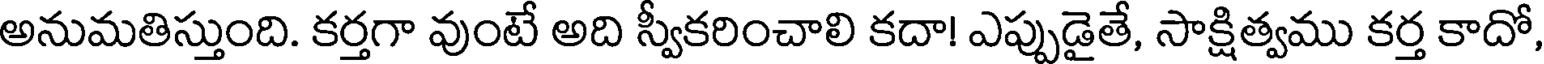
అనుమతిస్తుంది. కర్తగా వుంటే అది స్వీకరించాలి కదా! ఎప్పుడైతే, సాక్షిత్వము కర్త కాదో